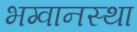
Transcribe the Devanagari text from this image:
भग्वानस्था